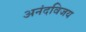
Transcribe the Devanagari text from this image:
अनंदविजय